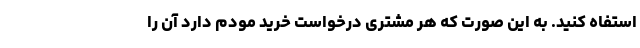
استفاه کنید. به این صورت که هر مشتری درخواست خرید مودم دارد آن را